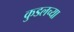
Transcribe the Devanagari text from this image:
कुडलच्या